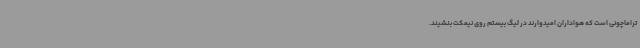
تراماچونی است که هواداران امیدوارند در لیگ بیستم روی نیمکت بنشیند.